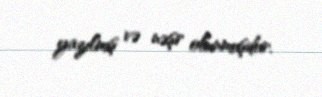
yazılmış və nəşr olunmuşdur.